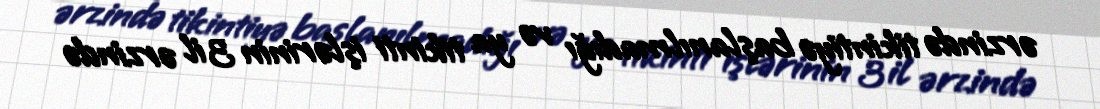
ərzində tikintiyə başlanılmadığı və ya tikinti işlərinin 3 il ərzində